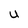
Character: U